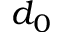
d _ { 0 }